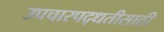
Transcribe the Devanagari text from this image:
उपचारपद्धतीसाठी